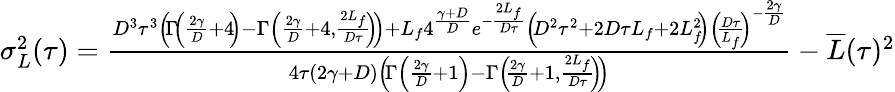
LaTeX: \begin{array}{r}{\sigma_{L}^{2}(\tau)=\frac{D^{3}\tau^{3}\left(\! \Gamma\! \left(\frac{2\gamma}{D}+4\! \right)-\Gamma\left(\frac{2\gamma}{D}+4,\frac{2L_{f}}{D\tau}\! \right)\! \right)+L_{f}4^{\frac{\gamma+D}{D}}e^{-\frac{2L_{f}}{D\tau}}\left(\! D^{2}\tau^{2}+2D\tau L_{f}+2L_{f}^{2}\! \right)\left(\! \frac{D\tau}{L_{f}}\! \right)^{-\frac{2\gamma}{D}}}{4\tau(2\gamma+D)\left(\! \Gamma\left(\frac{2\gamma}{D}+1\right)-\Gamma\left(\! \frac{2\gamma}{D}+1,\frac{2L_{f}}{D\tau}\! \right)\! \right)}-\overline{{L}}(\tau)^{2}}\end{array}